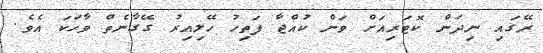
ރޭގައި ނިދަން ކޮޓަރިއަށް ވަން ކުއްޖާ ފަތިހު ހޭލިއިރު ގޭގާނެތް ވާހަކަ އެވެ.